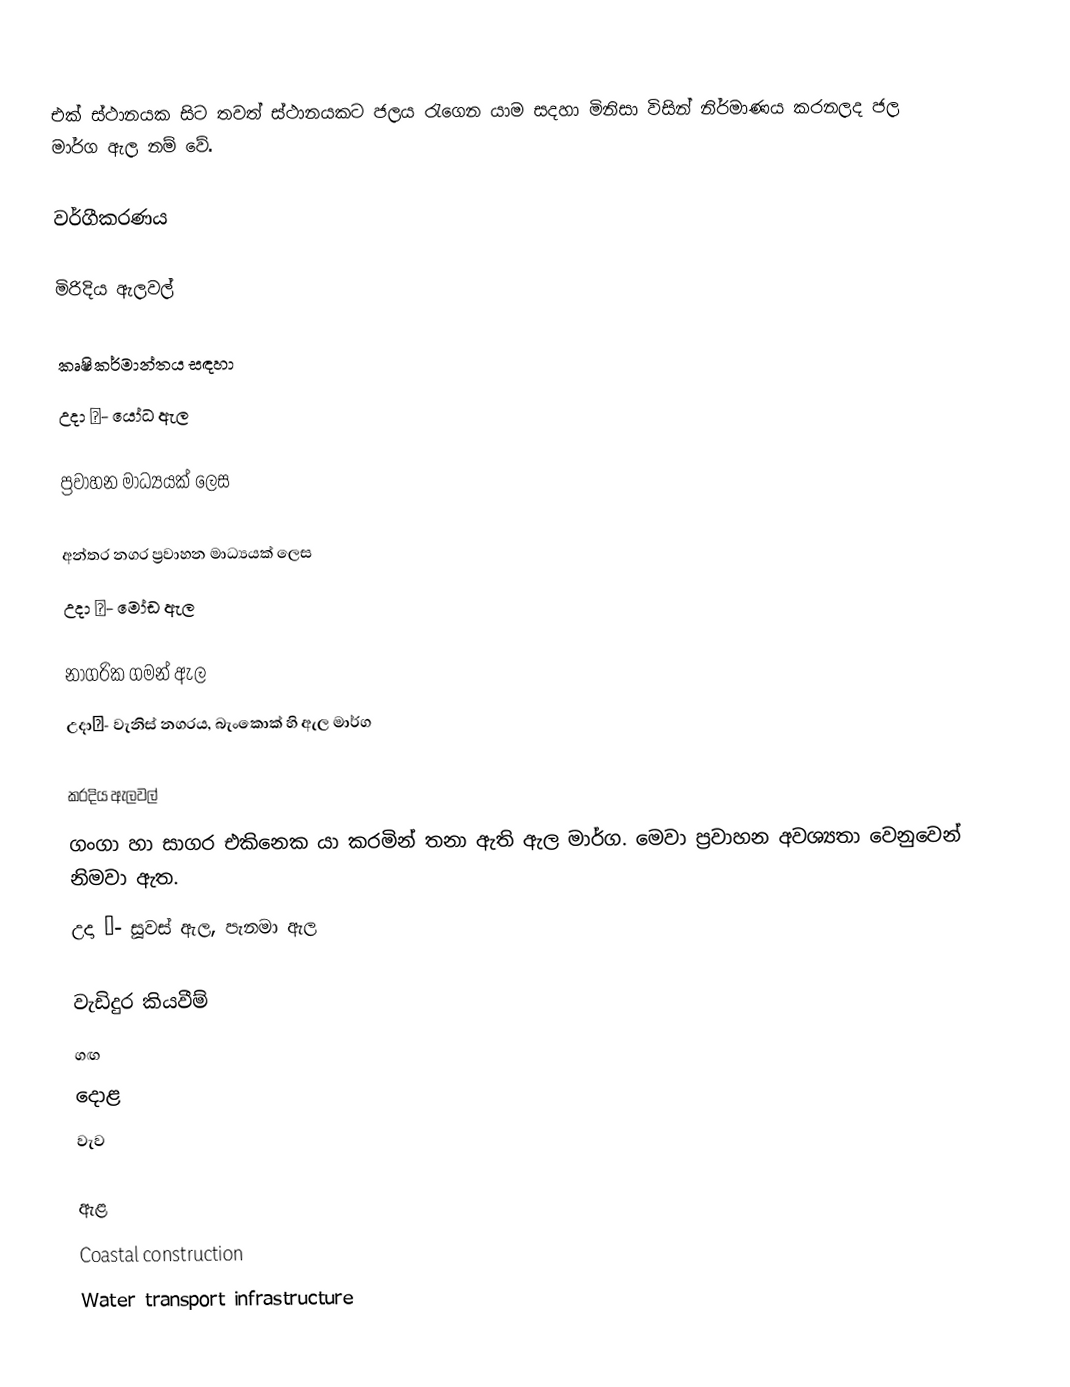
එක් ස්ථානයක සිට තවත් ස්ථානයකට ජලය රැගෙන යාම සදහා මිනිසා විසින් නිර්මාණය කරනලද ජල මාර්ග ඇල නම් වේ.

වර්ගීකරණය

මිරිදිය ඇලවල්

කෘෂිකර්මාන්තය සඳහා
උදා ː- යෝධ ඇල

ප්‍රවාහන මාධ්‍යයක් ලෙස

අන්තර නගර ප්‍රවාහන මාධ්‍යයක් ලෙස
උදා ː- මෝඩ ඇල

නාගරික ගමන් ඇල
උදාː- වැනිස් නගරය, බැංකොක් හි ඇල මාර්ග

කරදිය ඇලවල්
ගංගා හා සාගර එකිනෙක යා කරමින් තනා ඇති ඇල මාර්ග. මෙවා ප්‍රවාහන අවශ්‍යතා වෙනුවෙන් නිමවා ඇත.
උදා ː- සූවස් ඇල, පැනමා ඇල

වැඩිදුර කියවීම්
 ගඟ
 දොළ
 වැව

ඇළ
Coastal construction
Water transport infrastructure